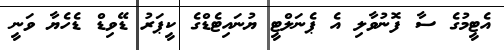
އެޓީމުގެ ސާ ފޮނުވާލި އެ ޕެނަލްޓީ ޔުނައިޓެޑްގެ ކީޕަރު ޑޭވިޑް ޑެހެޔާ ވަނީ